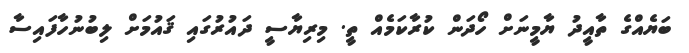
ބަޔެއްގެ ތާއީދު ޔާމީނަށް ހޯދަން ކުރާކަމެއް ތީ. މިރިޔާސީ ދައުރުގައި ޤައުމަށް ލިބުނުހާފައިސާ